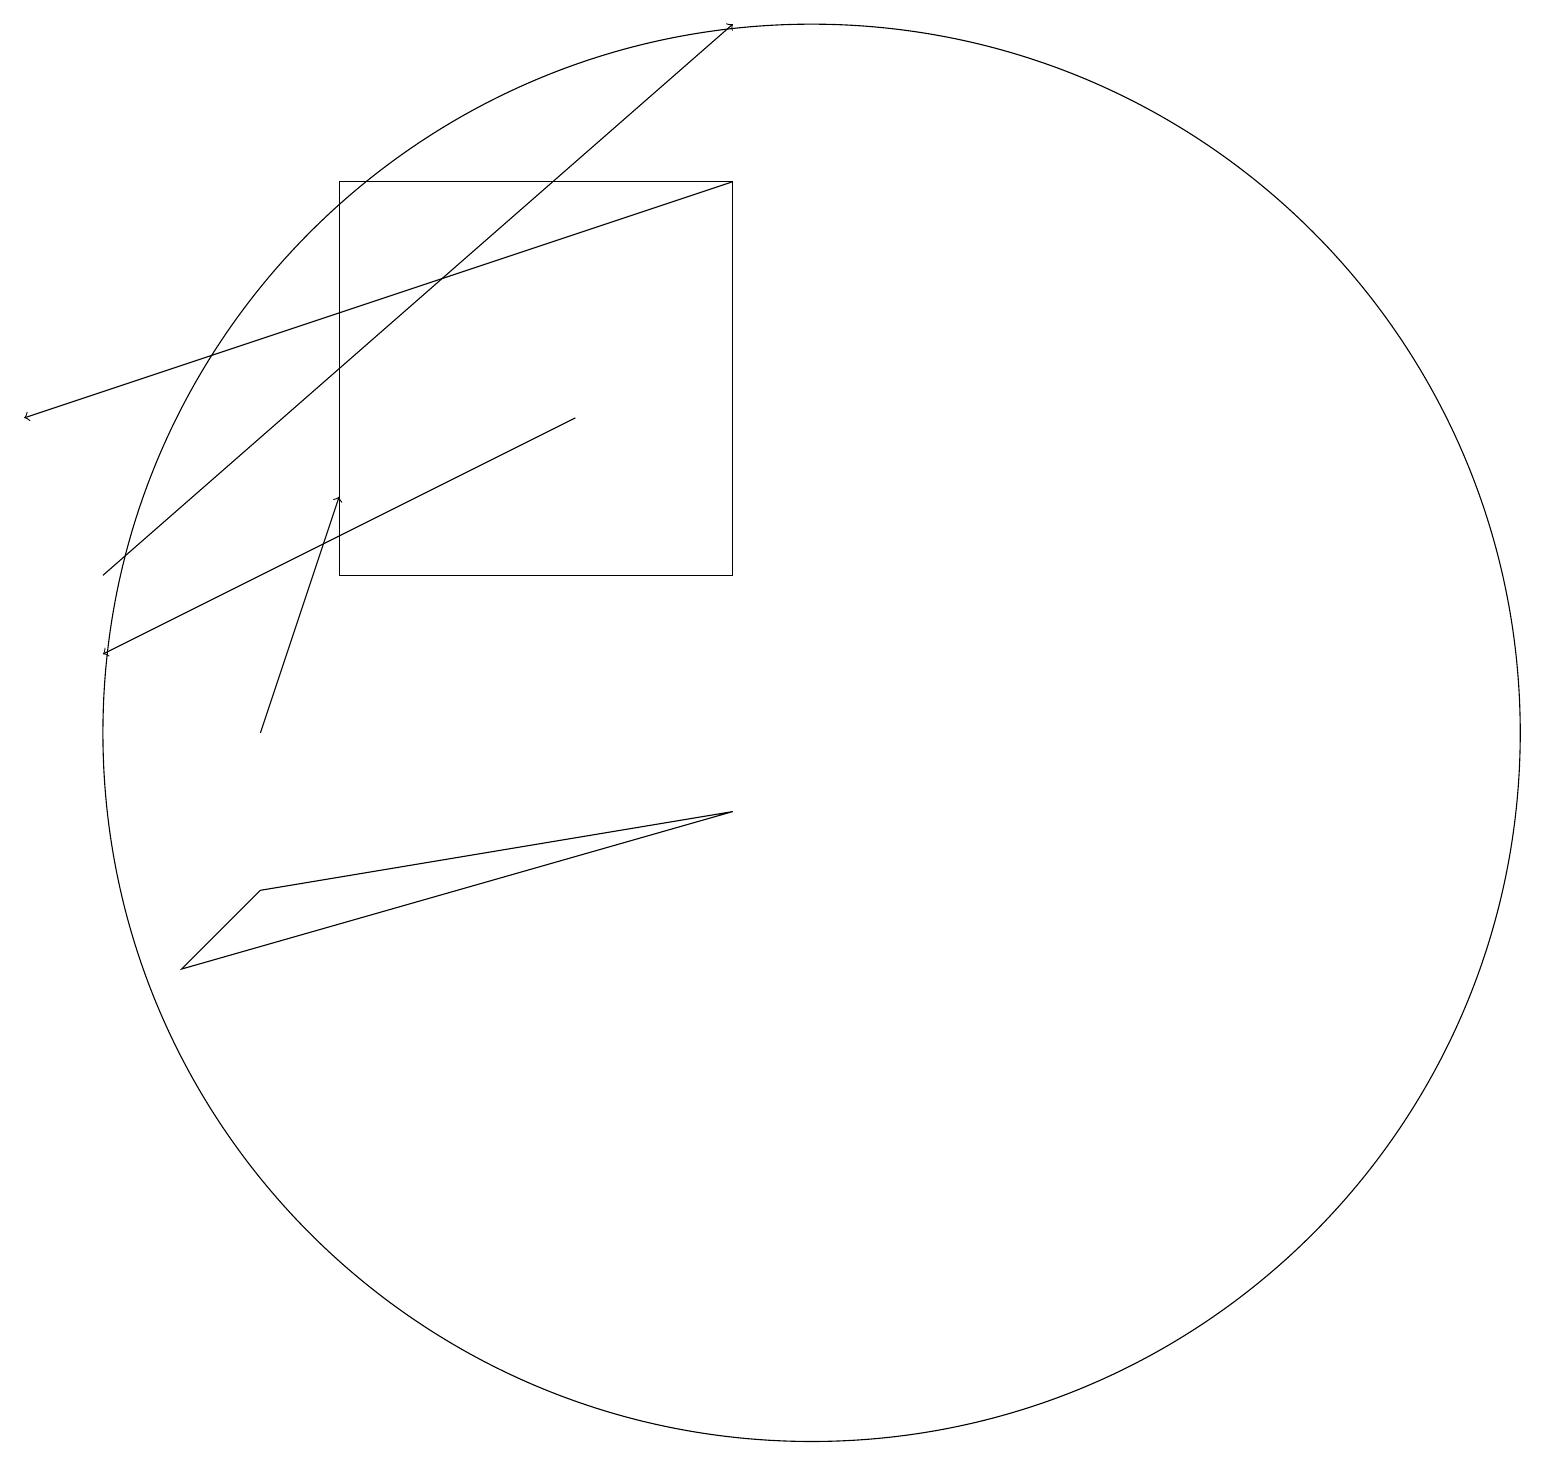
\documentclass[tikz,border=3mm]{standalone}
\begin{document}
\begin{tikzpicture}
\draw[->] (3,10) -- (4,13);
\draw (9,17) rectangle (4,12);
\draw[->] (1,12) -- (9,19);
\draw[->] (7,14) -- (1,11);
\draw (9,9) -- (2,7) -- (3,8) -- cycle;
\draw[->] (9,17) -- (0,14);
\draw (10,10) circle (9);
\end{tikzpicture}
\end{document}